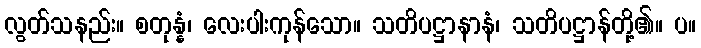
လွတ်သနည်း။ စတုန္နံ၊ လေးပါးကုန်သော။ သတိပဋ္ဌာနာနံ၊ သတိပဋ္ဌာန်တို့၏။ ပ။